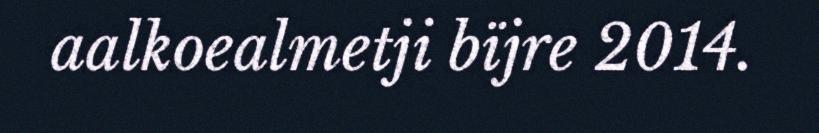
aalkoealmetji bïjre 2014.